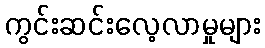
ကွင်းဆင်းလေ့လာမှုများ